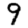
Digit: 9